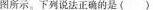
图所示。下列说法正确的是()